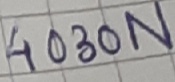
Text: 4030N